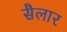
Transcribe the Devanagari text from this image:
सैलार